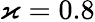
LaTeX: \varkappa=0.8